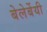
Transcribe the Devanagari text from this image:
बेलेर्बेयी